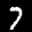
Digit: 7